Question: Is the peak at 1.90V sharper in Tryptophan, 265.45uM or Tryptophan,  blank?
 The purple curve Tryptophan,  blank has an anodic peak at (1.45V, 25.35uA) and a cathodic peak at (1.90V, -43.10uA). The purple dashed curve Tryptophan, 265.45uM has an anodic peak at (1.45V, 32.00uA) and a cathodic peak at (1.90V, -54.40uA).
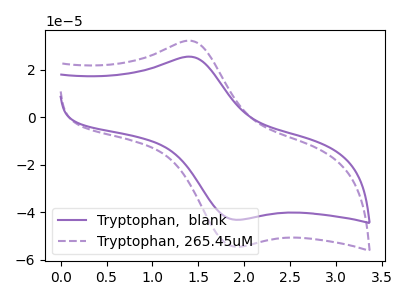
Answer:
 <answer>The peak at 1.90V is higher in "Tryptophan, 265.45uM" than in "Tryptophan,  blank".</answer>
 <eval>higher</eval>